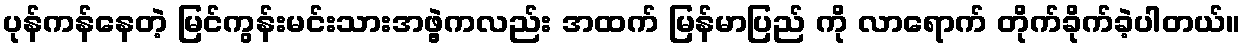
ပုန်ကန်နေတဲ့ မြင်ကွန်းမင်းသားအဖွဲ့ကလည်း အထက် မြန်မာပြည် ကို လာရောက် တိုက်ခိုက်ခဲ့ပါတယ်။